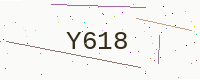
Text: Y618